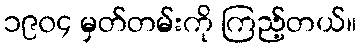
၁၉၀၄ မှတ်တမ်းကို ကြည့်တယ်။